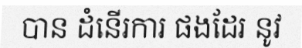
បាន ដំនើរការ ផងដែរ នូវ